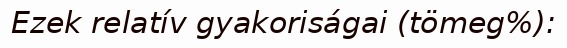
Ezek relatív gyakoriságai (tömeg%):